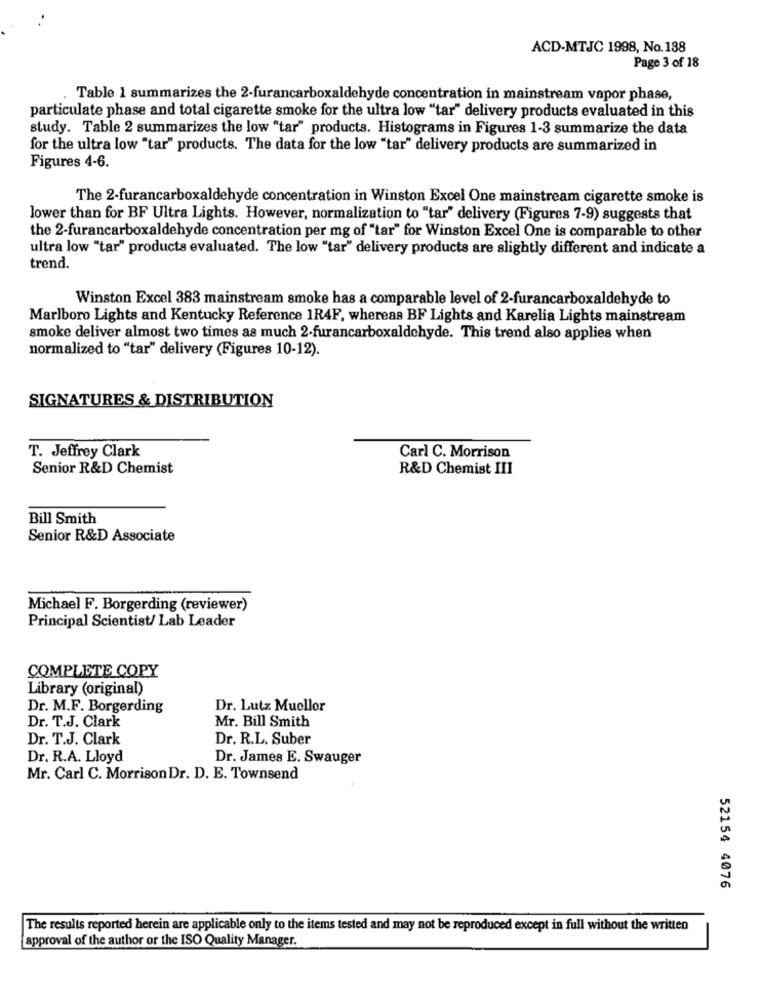
ACD-MTJC 1998, No.188
Page 3 of 18
Table 1 summarizes the 2-furancarboxaldehyde concentration in mainstream vapor phase,
particulate phase and total cigarette smoke for the ultra low "tar" delivery products evaluated in this
study. Table 2 summarizes the low "tar" products. Histograms in Figures 1-3 summarize the data
for the ultra low "tar" products. The data for the low "tar" delivery products are summarized in
Figures 4-6.
The 2-furancarboxaldehyde concentration in Winston Excel One mainstream cigarette smoke is
lower than for BF Ultra Lights. However, normalization to "tar" delivery (Figures 7-9) suggests that
the 2-furancarboxaldehyde concentration per mg of "tar" for Winston Excel One is comparable to other
ultra low "tar" products evaluated. The low "tar" delivery products are slightly different and indicate a
trend.
Winston Excel 383 mainstream smoke has a comparable level of 2-furancarboxaldehyde to
Marlboro Lights and Kentucky Reference 1R4F, whereas BF Lights and Karelia Lights mainstream
smoke deliver almost two times as much 2-furancarboxaldehyde. This trend also applies when
normalized to "tar" delivery (Figures 10-12).
SIGNATURES & DISTRIBUTION
T. Jeffrey Clark
Carl C. Morrison
Senior R&D Chemist
R&D Chemist III
Bill Smith
Senior R&D Associate
Michael F. Borgerding (reviewer)
Principal Scientist/ Lab Leader
COMPLETE COPY
Library (original)
Dr. M.F. Borgerding
Dr. Lutz Mucllor
Dr. T.J. Clark
Mr. Bill Smith
Dr. T.J. Clark
Dr. R.L. Suber
Dr. R.A. Lloyd
Dr. James E. Swauger
Mr. Carl C. Morrison Dr. D. E. Townsend
52154 4076
The results reported herein are applicable only to the items tested and may not be reproduced except in full without the written
approval of the author or the ISO Quality Manager.